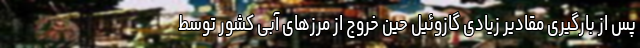
پس از بارگیری مقادیر زیادی گازوئیل حین خروج از مرزهای آبی کشور توسط